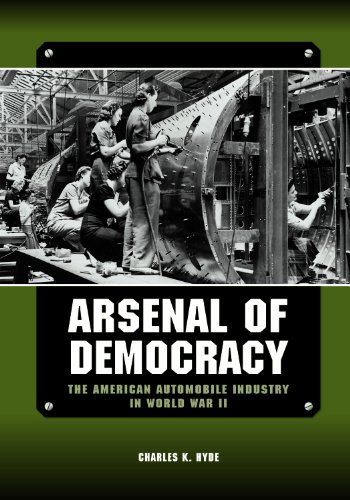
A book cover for Arsenal of Democracy: The American Automobile Industry in World War II (Great Lakes Books Series); Charles K. Hyde; Business & Money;